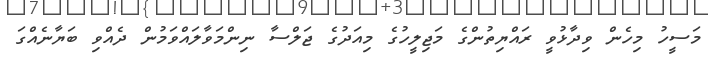
މަސީހު މިހެން ވިދާޅުވީ ރައްޔިތުންގެ މަޖިލީހުގެ މިއަދުގެ ޖަލްސާ ނިންމަވާލައްވަމުން ދެއްވި ބަޔާނެއްގަ